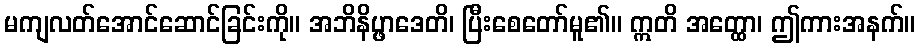
မကျလတ်အောင်ဆောင်ခြင်းကို။ အဘိနိပ္ဖာဒေတိ၊ ပြီးစေတော်မူ၏။ ဣတိ အတ္ထော၊ ဤကားအနက်။